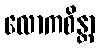
လောကစိန္တာ